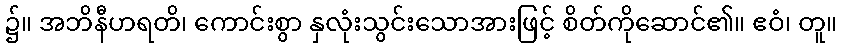
၌။ အဘိနီဟရတိ၊ ကောင်းစွာ နှလုံးသွင်းသောအားဖြင့် စိတ်ကိုဆောင်၏။ ဧဝံ၊ တူ။